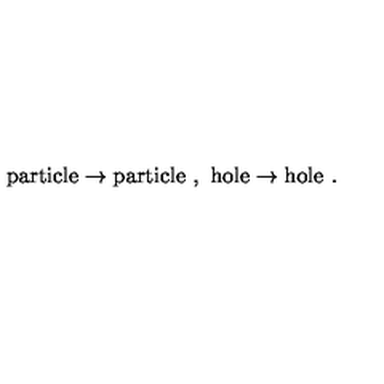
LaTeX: \mathrm { p a r t i c l e } \rightarrow \mathrm { p a r t i c l e } \ , \ \mathrm { h o l e } \rightarrow \mathrm { h o l e } \ . \nonumber